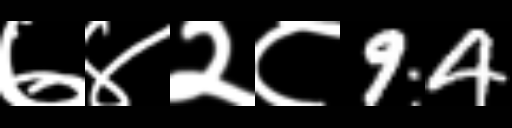
Text: ७४२८94